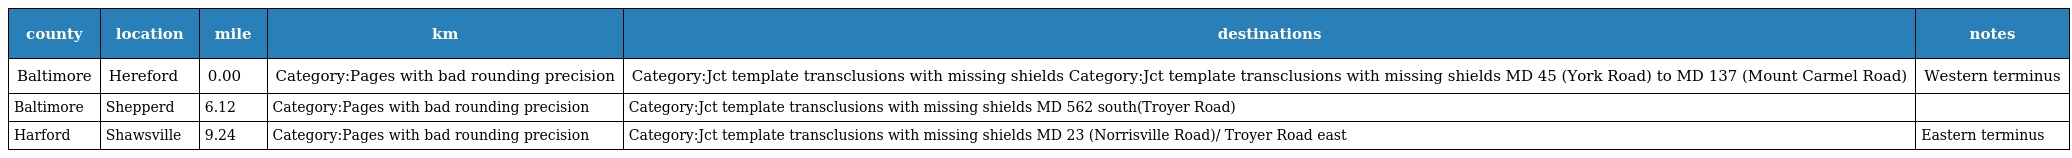
| county | location | mile | km | destinations | notes |
 | --- | --- | --- | --- | --- | --- |
 | Baltimore | Hereford | 0.00 | Category:Pages with bad rounding precision | Category:Jct template transclusions with missing shields Category:Jct template transclusions with missing shields MD 45 (York Road) to MD 137 (Mount Carmel Road) | Western terminus |
 | Baltimore | Shepperd | 6.12 | Category:Pages with bad rounding precision | Category:Jct template transclusions with missing shields MD 562 south(Troyer Road) |  |
 | Harford | Shawsville | 9.24 | Category:Pages with bad rounding precision | Category:Jct template transclusions with missing shields MD 23 (Norrisville Road)/ Troyer Road east | Eastern terminus |